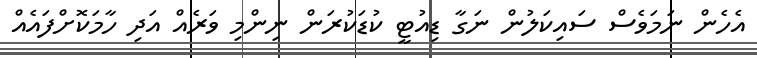
އެހެން ނަމަވެސް ސައިކަލުން ނަގާ ޑިއުޓީ ކުޑަކުރަން ނިންމި ވަރެއް އަދި ހާމަކޮށްފައެއް